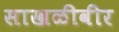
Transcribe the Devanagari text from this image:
साखळीवीर